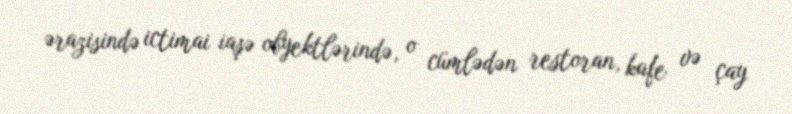
ərazisində ictimai iaşə obyektlərində, o cümlədən restoran, kafe və çay